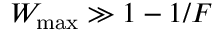
W _ { \mathrm { m a x } } \gg 1 - 1 / F